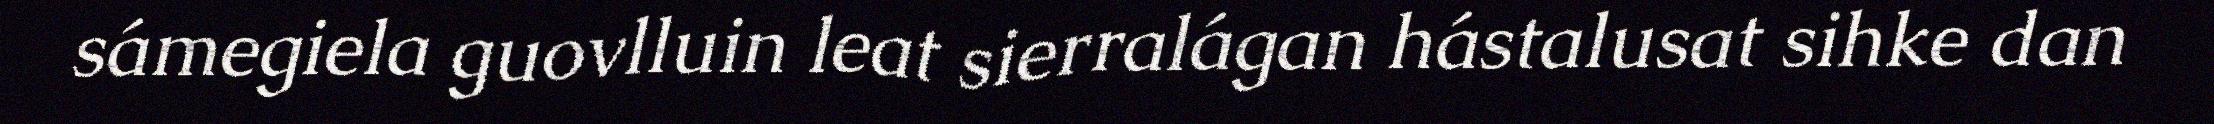
sámegiela guovlluin leat sierralágan hástalusat sihke dan